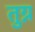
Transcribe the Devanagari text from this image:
तुग्न